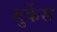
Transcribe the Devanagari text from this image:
बुर्केस